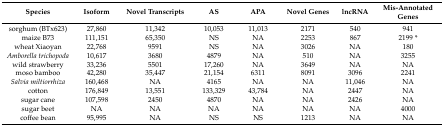
<table><thead><tr><td><b>Species</b></td><td><b>Isoform</b></td><td><b>Novel Transcripts</b></td><td><b>AS</b></td><td><b>APA</b></td><td><b>Novel Genes</b></td><td><b>lncRNA</b></td><td><b>Mis-Annotated Genes</b></td></tr></thead><tbody><tr><td>sorghum (BTx623)</td><td>27,860</td><td>11,342</td><td>10,053</td><td>11,013</td><td>2171</td><td>540</td><td>941</td></tr><tr><td>maize B73</td><td>111,151</td><td>65,350</td><td>NS</td><td>NA</td><td>2253</td><td>867</td><td>2199 *</td></tr><tr><td>wheat Xiaoyan</td><td>22,768</td><td>9591</td><td>NS</td><td>NA</td><td>3026</td><td>NA</td><td>180</td></tr><tr><td><i>Amborella trichopoda</i></td><td>10,617</td><td>3680</td><td>4879</td><td>NA</td><td>510</td><td>NA</td><td>3255</td></tr><tr><td>wild strawberry</td><td>33,236</td><td>5501</td><td>17,260</td><td>NA</td><td>3649</td><td>NA</td><td>NA</td></tr><tr><td>moso bamboo</td><td>42,280</td><td>35,447</td><td>21,154</td><td>6311</td><td>8091</td><td>3096</td><td>2241</td></tr><tr><td><i>Salvia miltiorrhiza</i></td><td>160,468</td><td>NA</td><td>4165</td><td>NA</td><td>NA</td><td>11,046</td><td>NA</td></tr><tr><td>cotton</td><td>176,849</td><td>13,551</td><td>133,329</td><td>43,784</td><td>NA</td><td>2447</td><td>NA</td></tr><tr><td>sugar cane</td><td>107,598</td><td>2450</td><td>4870</td><td>NA</td><td>NA</td><td>2426</td><td>NA</td></tr><tr><td>sugar beet</td><td>NA</td><td>NA</td><td>NA</td><td>NA</td><td>NA</td><td>NA</td><td>4000</td></tr><tr><td>coffee bean</td><td>95,995</td><td>NA</td><td>NS</td><td>NS</td><td>1213</td><td>NA</td><td>NA</td></tr></tbody></table>